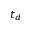
t _ { d }